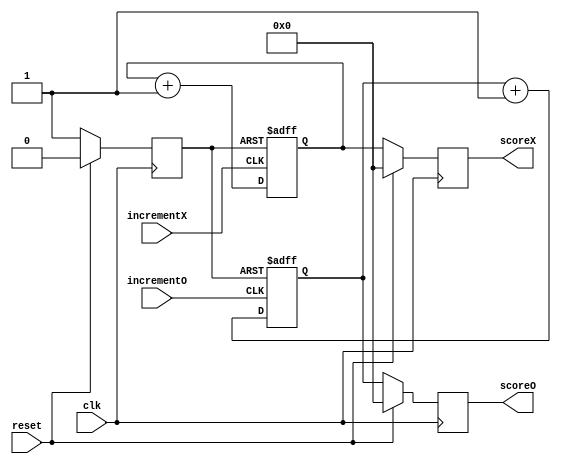
`timescale 1ns / 1ps
//////////////////////////////////////////////////////////////////////////////////
// Company: 
// Engineer: 
// 
// Design Name: 
// Module Name:    ScoreCounter 
// Project Name: 
// Target Devices: 
// Tool versions: 
// Description: 
//
// Dependencies: 
//
// Revision: 
// Revision 0.01 - File Created
// Additional Comments: 
//
//////////////////////////////////////////////////////////////////////////////////
module ScoreCounter(
	 input wire clk,
    input wire incrementX,
    input wire incrementO,
	 input wire reset,
    output reg [5:0] scoreX = 0,
    output reg [5:0] scoreO = 0
    );
	 
	 reg [5:0] scoreXAux = 0;
	 reg [5:0] scoreOAux = 0;
	 
	 reg resetAux = 1;
	 
	 always@(posedge clk)
		if(reset)
			begin
				scoreX = 6'b0;
				scoreO = 6'b0;
				resetAux = 0;
			end
		else
			begin
				resetAux = 1;
				scoreX = scoreXAux;
				scoreO = scoreOAux;
			end
			
	 always@(posedge incrementX or negedge resetAux)
		if(~resetAux)
			begin
				scoreXAux = 6'b0;
			end
		else
			begin
				scoreXAux = scoreXAux + 1;
			end
		
	 always@(posedge incrementO or negedge resetAux)
		if(~resetAux)
			begin
				scoreOAux = 6'b0;
			end
		else
			begin
				scoreOAux = scoreOAux + 1;
			end
		

endmodule